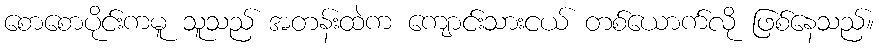
စောစောပိုင်းကမူ သူသည် အတန်းထဲက ကျောင်းသားငယ် တစ်ယောက်လို ဖြစ်နေသည်။